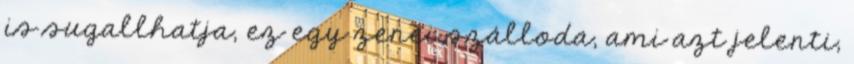
is sugallhatja, ez egy zenei szálloda, ami azt jelenti,